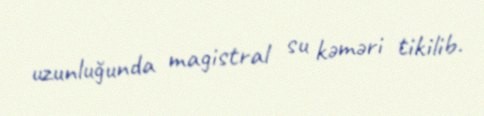
uzunluğunda magistral su kəməri tikilib.